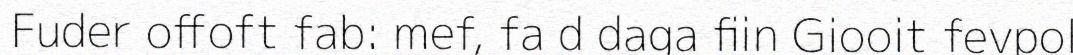
Fuder offoft fab: mef, fa d daga fiin Giooit fevpol